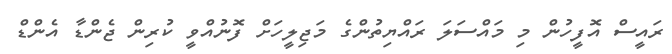
ރައީސް އޮފީހުން މި މައްސަލަ ރައްޔިތުންގެ މަޖިލީހަށް ފޮނުއްވީ ކުރިން ޖެންޑާ އެންޑް